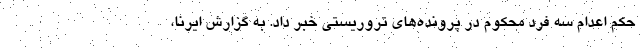
حکم اعدام سه فرد محکوم در پرونده‌های تروریستی خبر داد. به گزارش ایرنا،